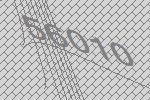
56010